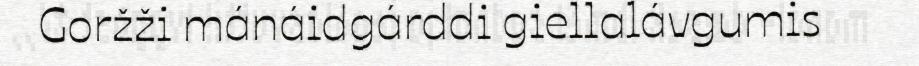
Goržži mánáidgárddi giellalávgumis